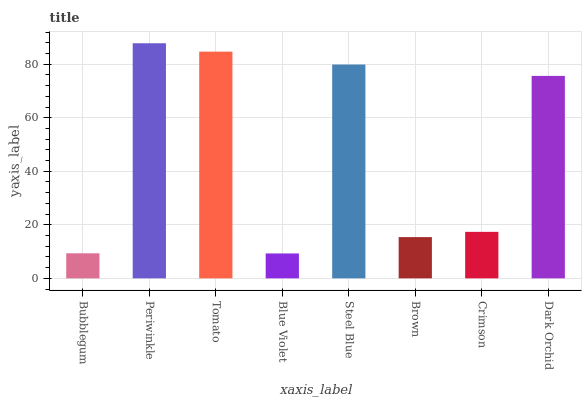
| xaxis_label | bars |
 | --- | --- |
 | Bubblegum | 9.36 |
 | Periwinkle | 87.8 |
 | Tomato | 84.7 |
 | Blue Violet | 9.29 |
 | Steel Blue | 79.9 |
 | Brown | 15.4 |
 | Crimson | 17.4 |
 | Dark Orchid | 75.6 |